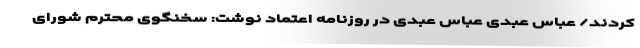
کردند/ عباس عبدی عباس عبدی در روزنامه اعتماد نوشت: سخنگوی محترم شورای